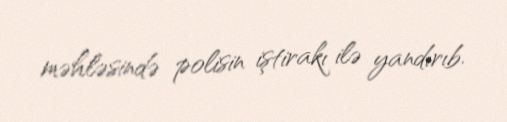
məhləsində polisin iştirakı ilə yandırıb.